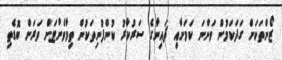
ޒޯންތަކަށް ގަދަކަމުން ވަންނަ ކަމަށާއި ޗައިނާގެ ސަރުކާރު ކުންފުނިތަކުން ތިމާވެށްޓަށް ވަރަށް ބޮޑެތި